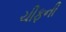
ચીફની